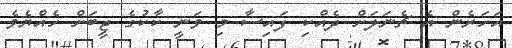
އަހަރެން އެ ޗެނަލަށް ދެއްކި ފައިސާ މި ވަނީ ކާކުގެ ޖީބަށް ހެއްޔެވެ